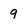
Character: 9